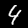
Label: 4